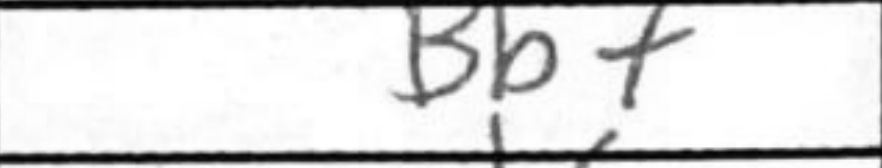
Transcription: Bb7